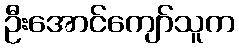
ဦးအောင်ကျော်သူက